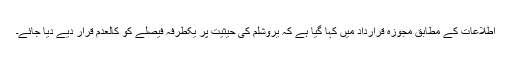
اطلاعات کے مطابق مجوزہ قرارداد میں کہا گیا ہے کہ یروشلم کی حیثیت پر یکطرفہ فیصلے کو کالعدم قرار دیے دیا جائے۔